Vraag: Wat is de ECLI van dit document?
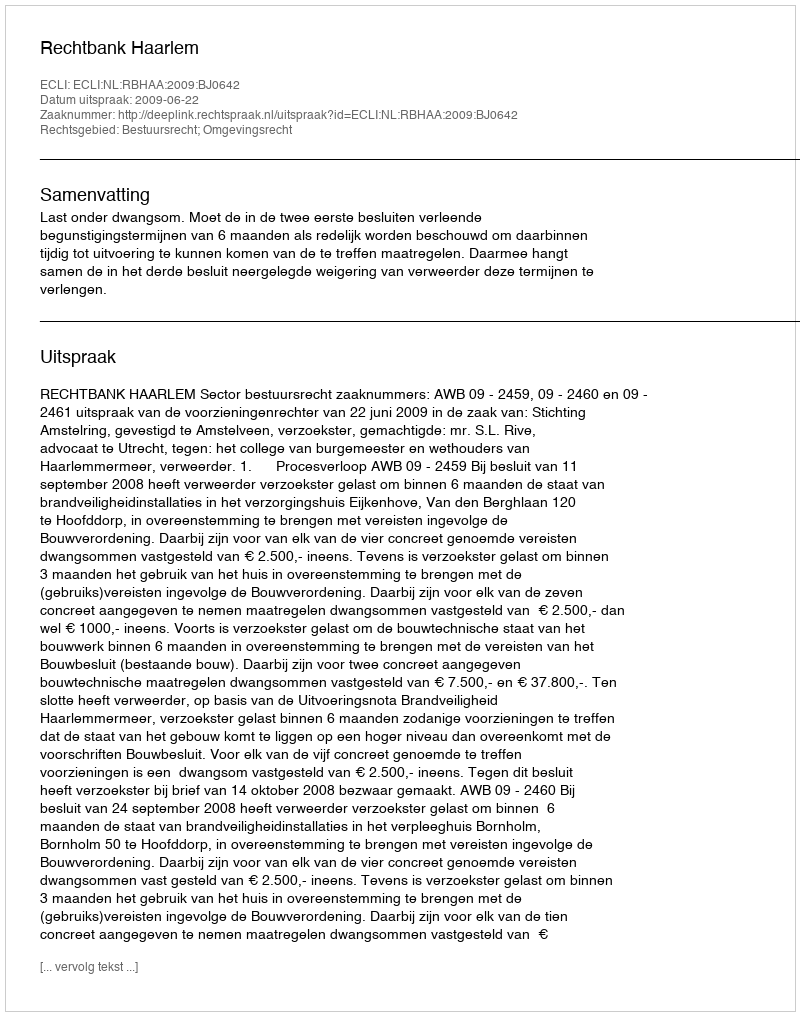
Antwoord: ECLI:NL:RBHAA:2009:BJ0642